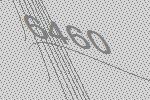
6460